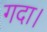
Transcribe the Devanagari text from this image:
गदा।